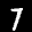
Label: 7